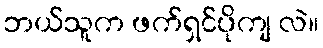
ဘယ်သူက ဖက်ရှင်ပိုကျ လဲ။